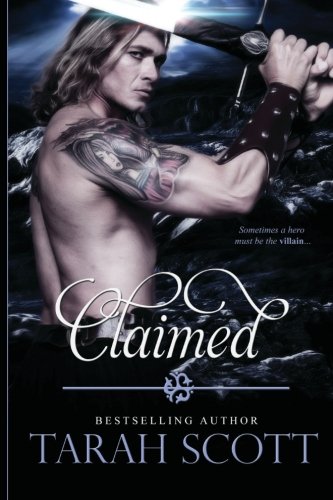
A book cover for Claimed; Tarah Scott; Romance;